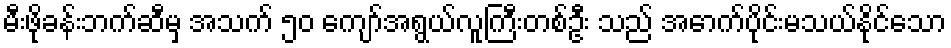
မီးဖိုခန်းဘက်ဆီမှ အသက် ၅၀ ကျော်အရွယ်လူကြီးတစ်ဦး သည် အောက်ပိုင်းမသယ်နိုင်သော